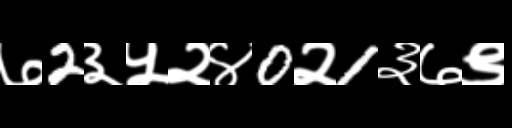
Text: ७2३५२४0२1३७९